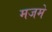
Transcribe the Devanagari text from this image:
मजमे